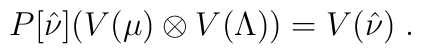
P[\hat{\nu}] (V(\mu)\otimes V(\Lambda))=V(\hat{\nu})\;.